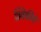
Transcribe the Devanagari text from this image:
झ्विकीने